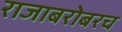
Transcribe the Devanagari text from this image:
राजाबरोबरच